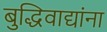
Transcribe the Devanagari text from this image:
बुद्धिवाद्यांना